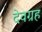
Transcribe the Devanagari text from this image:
देवग्रह